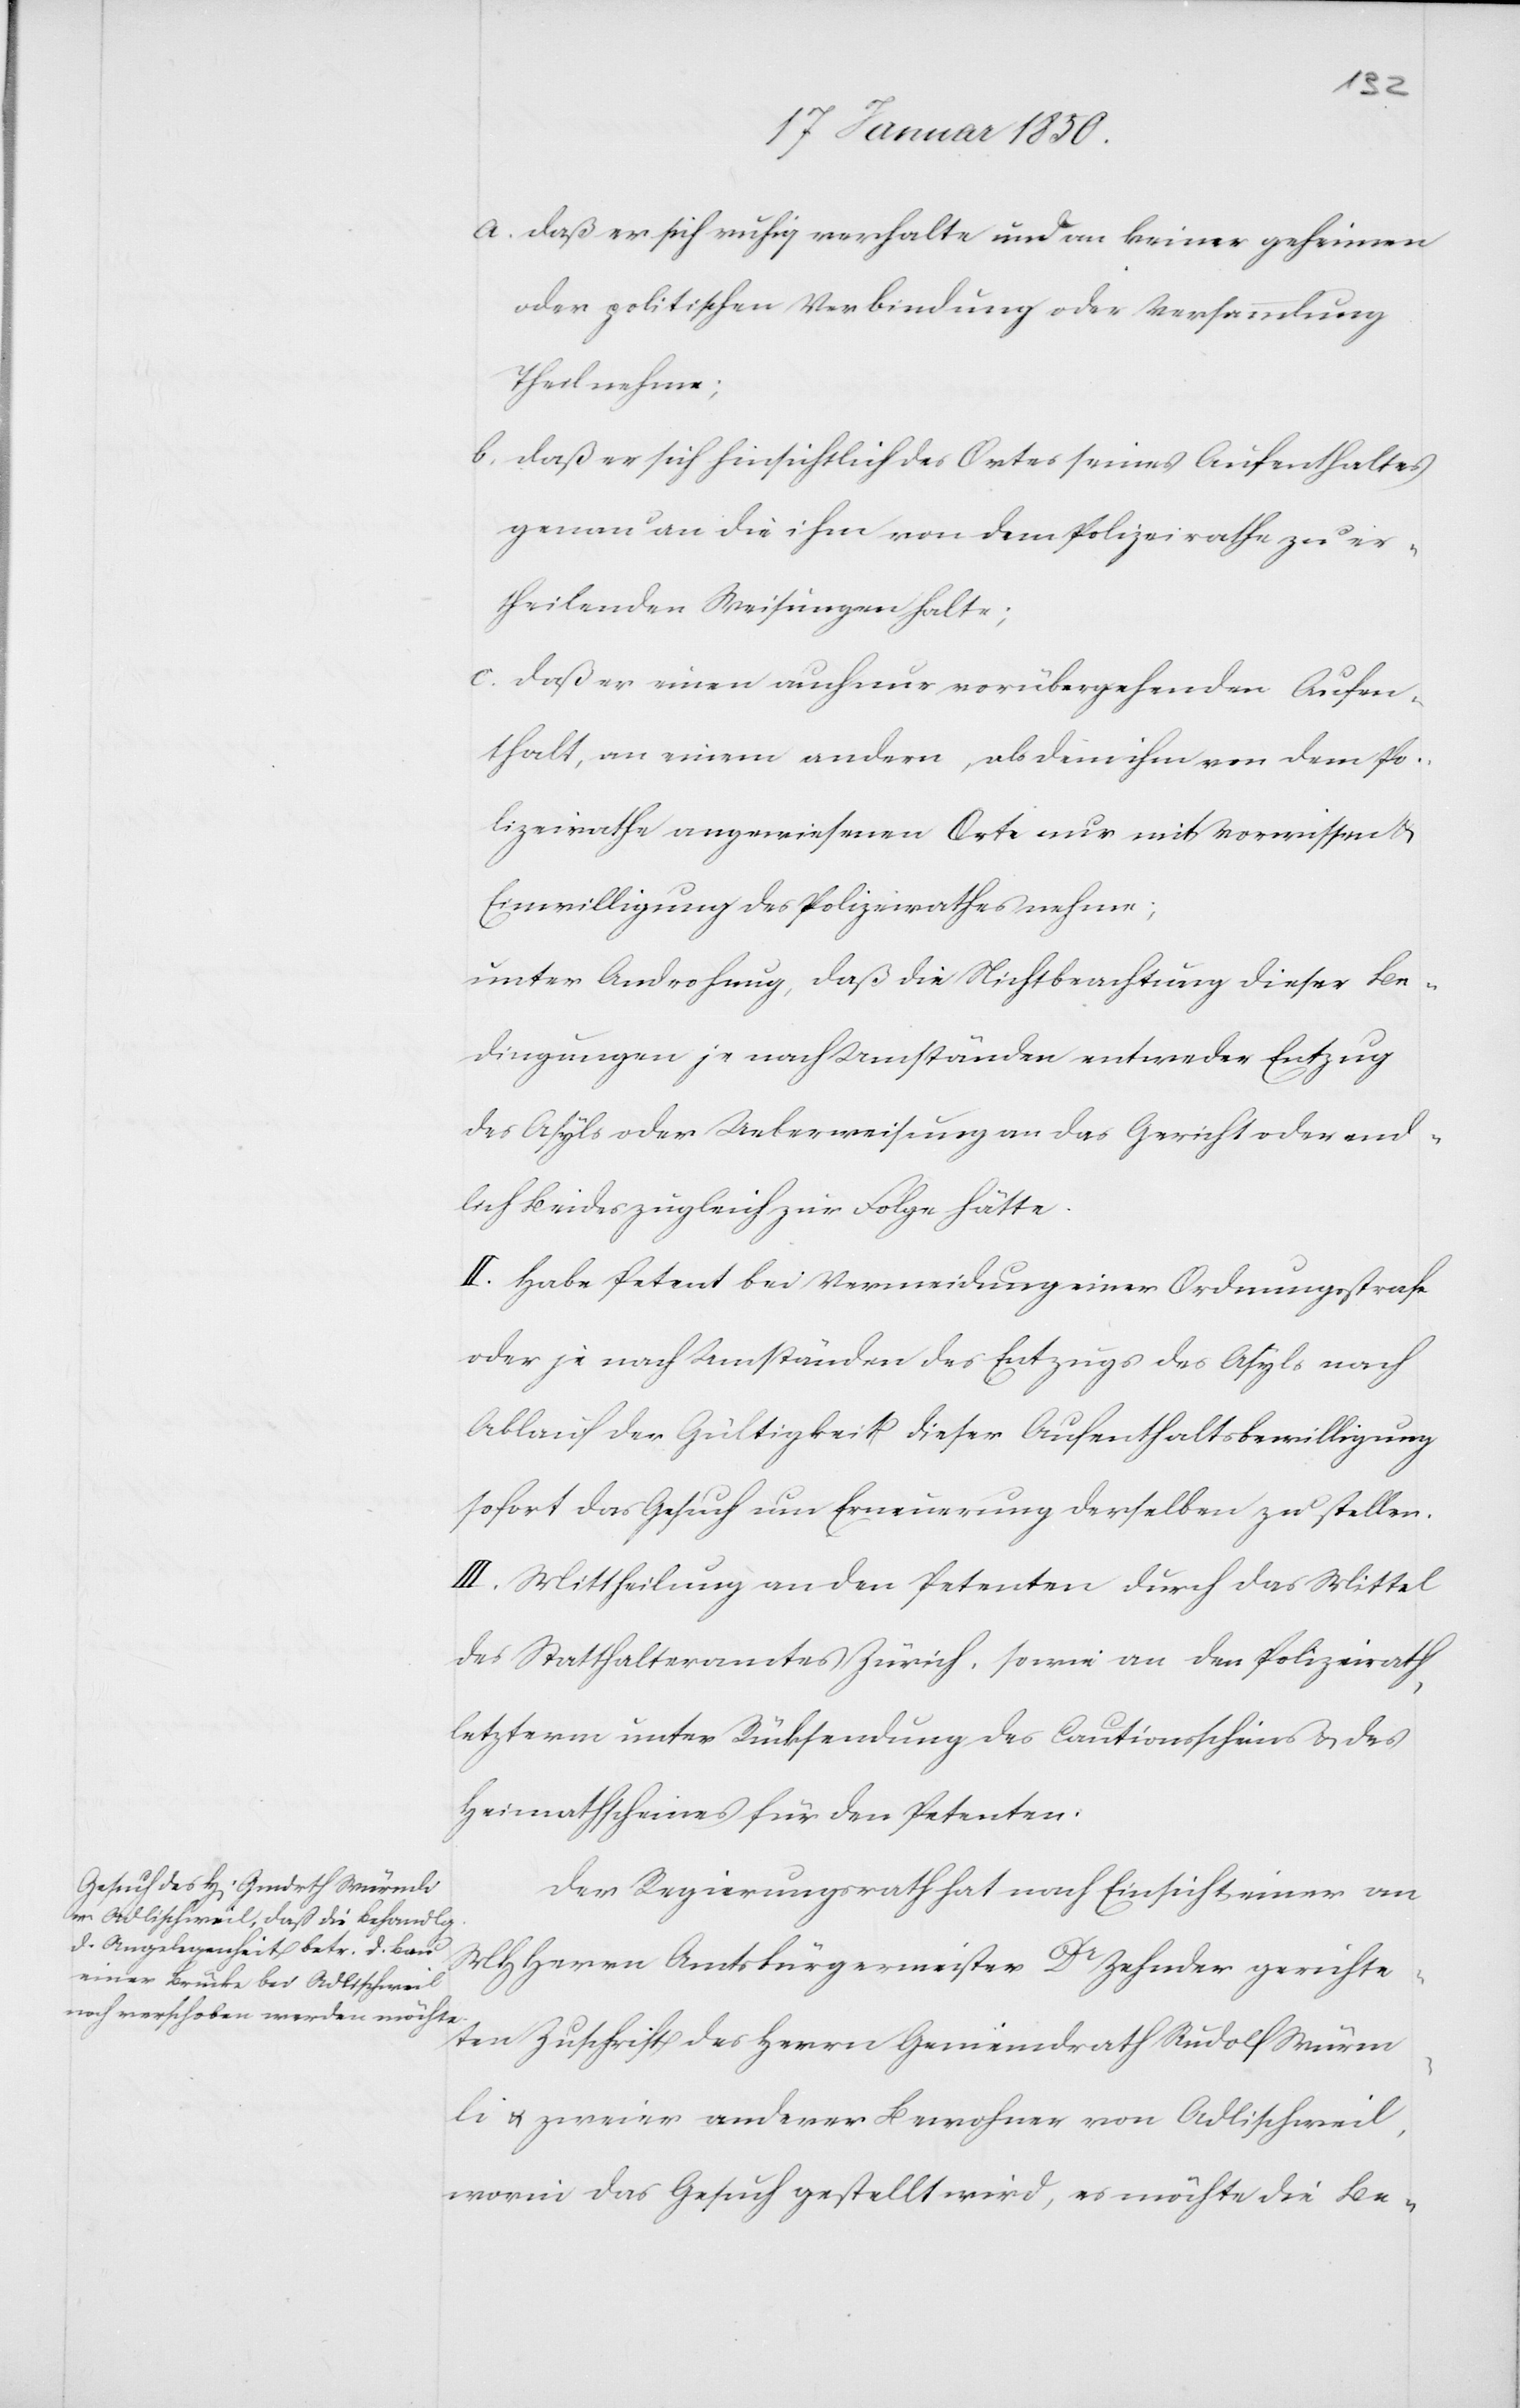
a. Daß er sich ruhig verhalte und an keiner geheimen
oder politischen Verbindung oder Versammlung
Theil nehme;
b. daß er sich hinsichtlich des Ortes seines Aufenthaltes
genau an die ihm von dem Polizeirathe zu er¬
theilenden Weisungen halte;
C. Daß er einen auch nur vorübergehenden Aufen¬
thalt, an einem andern, als dem ihm von dem Po¬
lizeirathe angewiesenen Orte nur mit Vorwissen u.
Einwilligung des Polizeirathes nehme;
unter Androhung, daß die Nichtbeachtung dieser Be¬
dingungen je nach Umständen entweder Entzug
des Asyls oder Ueberweisung an das Gericht oder end¬
lich beides zugleich zur Folge hätte.
II. Habe Petent bei Vermeidung einer Ordnungsstrafe
oder je nach Umständen des Entzugs des Asyls nach
Ablauf der Gültigkeit dieser Aufenthaltsbewilligung
sofort das Gesuch um Erneuerung derselben zu stellen.
III. Mittheilung an den Petenten durch das Mittel
des Statthalteramtes Zürich, sowie an den Polizeirath,
letzterm unter Rücksendung des Cautionsscheins u. des
Heimathscheines für den Petenten.
Der Regierungsrath hat nach Einsicht einer an
MHHerrn Amtsbürgermeister Dr Zehnder gerichte¬
ten Zuschrift des Herrn Gemeindrath Rudolf Würm¬
li u. zweier anderer Bewohner von Adlischweil,
worin das Gesuch gestellt wird, es möchte die Be-